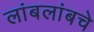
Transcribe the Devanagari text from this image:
लांबलांबचे